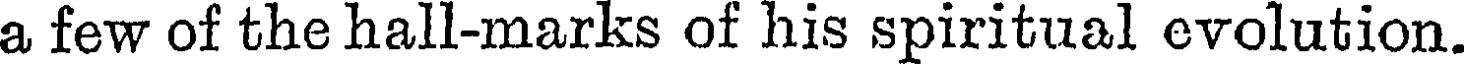
a few of the hall-marks of his spiritual evolution.